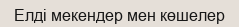
Елді мекендер мен көшелер